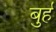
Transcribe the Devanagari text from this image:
बुर्ह